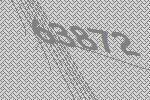
63872